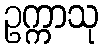
ဥက္ကာသု